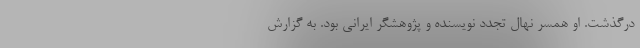
درگذشت. او همسر نهال تجدد نویسنده و پژوهشگر ایرانی بود. به گزارش